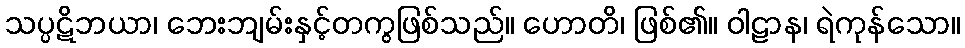
သပ္ပဋိဘယာ၊ ဘေးဘျမ်းနှင့်တကွဖြစ်သည်။ ဟောတိ၊ ဖြစ်၏။ ဝါဠာန၊ ရဲကုန်သော။